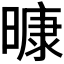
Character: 𭧠